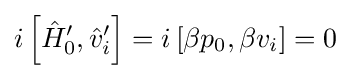
i\left[{\hat {H}}'_{0},{\hat {v}}_{i}'\right]=i\left[\beta p_{0},\beta v_{i}\right]=0